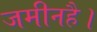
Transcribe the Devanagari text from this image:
जमीनहै।